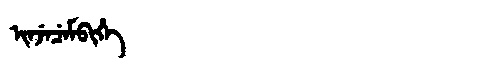
Manchu: ᡳᠨᠵᡝᠴᡝᠮᠪᡳᡥᡝ
Romanization: INJECEMBIHE